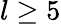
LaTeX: l\geq 5